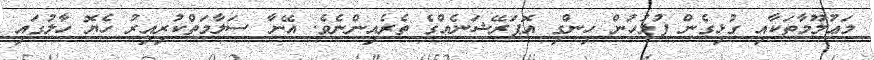
މަޢުލޫމާތަކާއި ގުޅިގެން ފުލުހުން ހިންގި އޮޕަރޭޝަނެއްގެ ތެރެއިންނެވެ. އޭނާ ސަލާމަތްކުރިއިރު ހެޔޮ ހާލުގައި